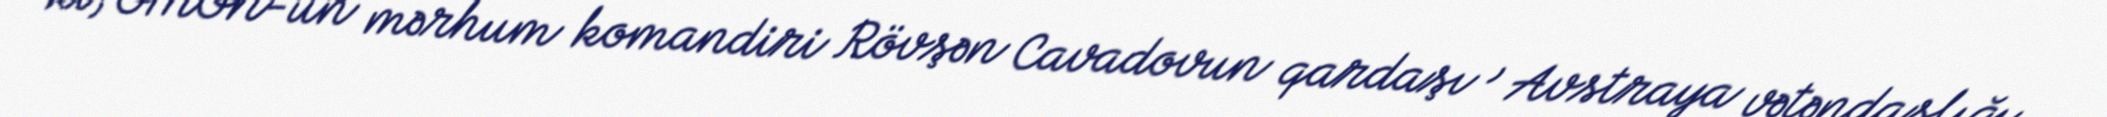
ki, OMON-un mərhum komandiri Rövşən Cavadovun qardaşı , Avstraya vətəndaşlığı